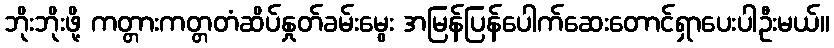
ဘိုးဘိုးဖို့ ကတ္တားကတ္တတံဆိပ်နှုတ်ခမ်းမွေး အမြန်ပြန်ပေါက်ဆေးတောင်ရှာပေးပါဦးမယ်။